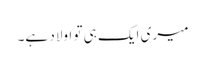
میری ایک ہی تو اولاد ہے۔